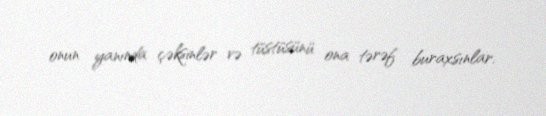
onun yanında çəksinlər və tüstüsünü ona tərəf buraxsınlar.